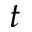
t